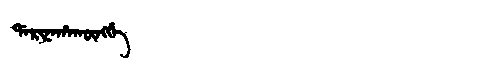
Manchu: ᡩᠠᡵᡳᠨᠠᡥᠠᡴᡡᠩᡤᡝ
Romanization: DARINAHAKŪNGGE